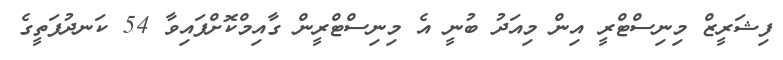
ފިޝަރީޒް މިނިސްޓްރީ އިން މިއަދު ބުނީ އެ މިނިސްޓްރީން ގާއިމްކޮށްފައިވާ 54 ކަނދުފަތީގެ